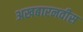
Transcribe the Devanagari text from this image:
अखबारनवीस